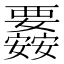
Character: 𮗉